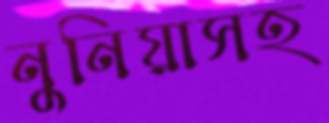
নুনিয়াসহ